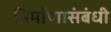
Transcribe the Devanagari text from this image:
निर्माणासंबंधी